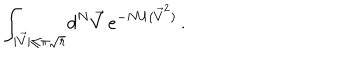
\int _ { | \vec { V } | \leq \pi \sqrt { r } } \! d ^ { N } \vec { V } \, e ^ { - N U ( { \vec { V } } ^ { 2 } ) } \, .